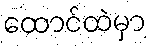
ထောင်ထဲမှာ